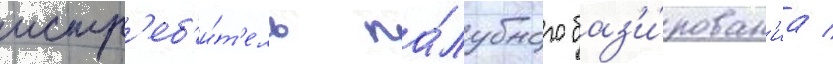
истр'еб'и́т'ель па́лубного баз'и́рован'иа /